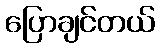
ပြောချင်တယ်